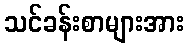
သင်ခန်းစာများအား